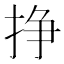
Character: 挣